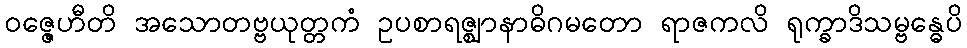
ဝဇ္ဇေဟီတိ အသောတဗ္ဗယုတ္တကံ ဥပစာရဇ္ဈာနာဓိဂမတော ရာဇကလိ ရုက္ခာဒိသမ္ဗန္ဓေပိ